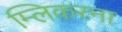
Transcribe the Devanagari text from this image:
म्लिकरना